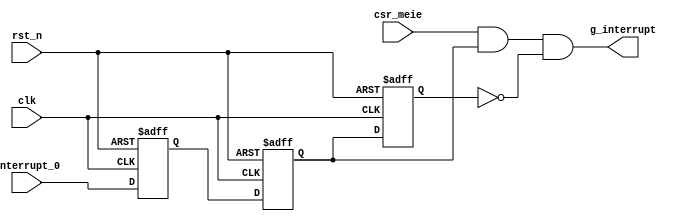
/*
 * My RISC-V RV32I CPU
 *   CPU Interrupter
 *    Verilog code
 * @auther		Yoshiki Kurokawa <yoshiki.k963@gmail.com>
 * @copylight	2023 Yoshiki Kurokawa
 * @license		https://opensource.org/licenses/MIT     MIT license
 * @version		0.1
 */

module interrupter(
	input clk,
	input rst_n,
	// from external
	input interrupt_0,
	// from csr
	input csr_meie,
	output g_interrupt

	);

// making 1 shot from level
reg int_1lat;
reg int_2lat;
reg int_3lat;

always @ (posedge clk or negedge rst_n) begin
	if (~rst_n) begin
		int_1lat <= 1'b0;
		int_2lat <= 1'b0;
		int_3lat <= 1'b0;
    end
	else begin
		int_1lat <= interrupt_0;
		int_2lat <= int_1lat;
		int_3lat <= int_2lat;
	end
end

assign g_interrupt = csr_meie & int_2lat & ~int_3lat;

endmodule